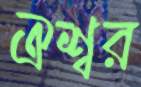
ঐশ্বর